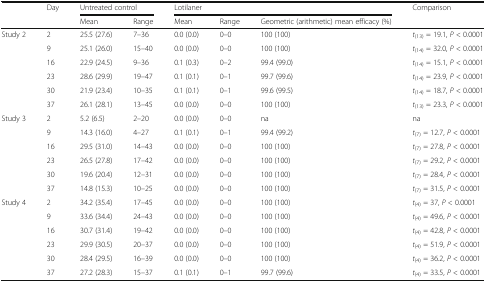
<table><thead><tr><td rowspan="2"></td><td rowspan="2"><b>Day</b></td><td colspan="2"><b>Untreated control</b></td><td colspan="3"><b>Lotilaner</b></td><td><b>Comparison</b></td></tr><tr><td><b>Mean</b></td><td><b>Range</b></td><td><b>Mean</b></td><td><b>Range</b></td><td><b>Geometric (arithmetic) mean efficacy (%)</b></td><td></td></tr></thead><tbody><tr><td rowspan="6">Study 2</td><td>2</td><td>25.5 (27.6)</td><td>7–36</td><td>0.0 (0.0)</td><td>0–0</td><td>100 (100)</td><td><i>t</i><sub>(13)</sub> = 19.1, <i>P</i> &lt; 0.0001</td></tr><tr><td>9</td><td>25.1 (26.0)</td><td>15–40</td><td>0.0 (0.0)</td><td>0–0</td><td>100 (100)</td><td><i>t</i><sub>(14)</sub> = 32.0, <i>P</i> &lt; 0.0001</td></tr><tr><td>16</td><td>22.9 (24.5)</td><td>9–36</td><td>0.1 (0.3)</td><td>0–2</td><td>99.4 (99.0)</td><td><i>t</i><sub>(14)</sub> = 15.1, <i>P</i> &lt; 0.0001</td></tr><tr><td>23</td><td>28.6 (29.9)</td><td>19–47</td><td>0.1 (0.1)</td><td>0–1</td><td>99.7 (99.6)</td><td><i>t</i><sub>(14)</sub> = 23.9, <i>P</i> &lt; 0.0001</td></tr><tr><td>30</td><td>21.9 (23.4)</td><td>10–35</td><td>0.1 (0.1)</td><td>0–1</td><td>99.6 (99.5)</td><td><i>t</i><sub>(14)</sub> = 18.7, <i>P</i> &lt; 0.0001</td></tr><tr><td>37</td><td>26.1 (28.1)</td><td>13–45</td><td>0.0 (0.0)</td><td>0–0</td><td>100 (100)</td><td><i>t</i><sub>(13)</sub> = 23.3, <i>P</i> &lt; 0.0001</td></tr><tr><td rowspan="6">Study 3</td><td>2</td><td>5.2 (6.5)</td><td>2–20</td><td>0.0 (0.0)</td><td>0–0</td><td>na</td><td>na</td></tr><tr><td>9</td><td>14.3 (16.0)</td><td>4–27</td><td>0.1 (0.1)</td><td>0–1</td><td>99.4 (99.2)</td><td><i>t</i><sub>(7)</sub> = 12.7, <i>P</i> &lt; 0.0001</td></tr><tr><td>16</td><td>29.5 (31.0)</td><td>14–43</td><td>0.0 (0.0)</td><td>0–0</td><td>100 (100)</td><td><i>t</i><sub>(7)</sub> = 27.8, <i>P</i> &lt; 0.0001</td></tr><tr><td>23</td><td>26.5 (27.8)</td><td>17–42</td><td>0.0 (0.0)</td><td>0–0</td><td>100 (100)</td><td><i>t</i><sub>(7)</sub> = 29.2, <i>P</i> &lt; 0.0001</td></tr><tr><td>30</td><td>19.6 (20.4)</td><td>12–31</td><td>0.0 (0.0)</td><td>0–0</td><td>100 (100)</td><td><i>t</i><sub>(7)</sub> = 28.4, <i>P</i> &lt; 0.0001</td></tr><tr><td>37</td><td>14.8 (15.3)</td><td>10–25</td><td>0.0 (0.0)</td><td>0–0</td><td>100 (100)</td><td><i>t</i><sub>(7)</sub> = 31.5, <i>P</i> &lt; 0.0001</td></tr><tr><td rowspan="6">Study 4</td><td>2</td><td>34.2 (35.4)</td><td>17–45</td><td>0.0 (0.0)</td><td>0–0</td><td>100 (100)</td><td><i>t</i><sub>(4)</sub> = 37, <i>P</i> &lt; 0.0001</td></tr><tr><td>9</td><td>33.6 (34.4)</td><td>24–43</td><td>0.0 (0.0)</td><td>0–0</td><td>100 (100)</td><td><i>t</i><sub>(4)</sub> = 49.6, <i>P</i> &lt; 0.0001</td></tr><tr><td>16</td><td>30.7 (31.4)</td><td>19–42</td><td>0.0 (0.0)</td><td>0–0</td><td>100 (100)</td><td><i>t</i><sub>(4)</sub> = 42.8, <i>P</i> &lt; 0.0001</td></tr><tr><td>23</td><td>29.9 (30.5)</td><td>20–37</td><td>0.0 (0.0)</td><td>0–0</td><td>100 (100)</td><td><i>t</i><sub>(4)</sub> = 51.9, <i>P</i> &lt; 0.0001</td></tr><tr><td>30</td><td>28.4 (29.5)</td><td>16–39</td><td>0.0 (0.0)</td><td>0–0</td><td>100 (100)</td><td><i>t</i><sub>(4)</sub> = 36.2, <i>P</i> &lt; 0.0001</td></tr><tr><td>37</td><td>27.2 (28.3)</td><td>15–37</td><td>0.1 (0.1)</td><td>0–1</td><td>99.7 (99.6)</td><td><i>t</i><sub>(4)</sub> = 33.5, <i>P</i> &lt; 0.0001</td></tr></tbody></table>